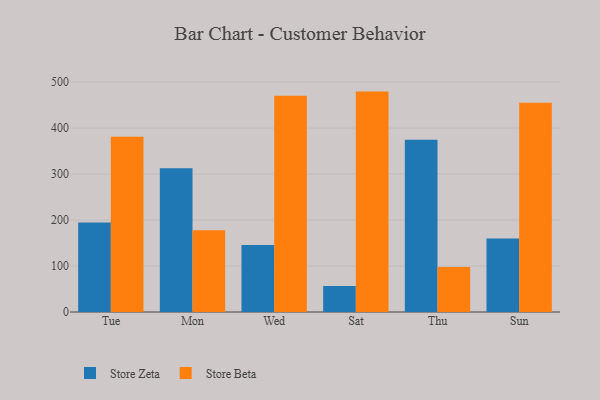
{"axis": {"x": "Day", "y": "Temperature (°C)"}, "legend": ["Store Beta", "Store Zeta"], "data": [{"x": "Tue", "y": 194.5, "type": "Store Zeta"}, {"x": "Tue", "y": 380.9, "type": "Store Beta"}, {"x": "Mon", "y": 312.8, "type": "Store Zeta"}, {"x": "Mon", "y": 177.6, "type": "Store Beta"}, {"x": "Wed", "y": 145.5, "type": "Store Zeta"}, {"x": "Wed", "y": 470.1, "type": "Store Beta"}, {"x": "Sat", "y": 56.6, "type": "Store Zeta"}, {"x": "Sat", "y": 479.3, "type": "Store Beta"}, {"x": "Thu", "y": 374.6, "type": "Store Zeta"}, {"x": "Thu", "y": 97.6, "type": "Store Beta"}, {"x": "Sun", "y": 160.0, "type": "Store Zeta"}, {"x": "Sun", "y": 455.3, "type": "Store Beta"}]}